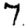
Digit: 7